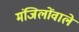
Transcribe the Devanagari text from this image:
मंजिलोंवाले